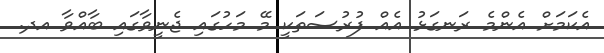
އެކަމަށް އެންމެ ރަނގަޅު އެއް ފުރުސަތަކީ މޭ މަހުގައި ޖެނީވާގައި ބާއްވާ އދ.